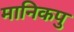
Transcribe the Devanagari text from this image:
मानिकपु